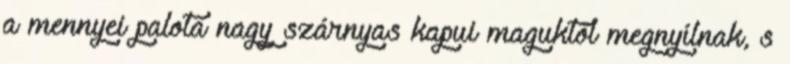
a mennyei palota nagy szárnyas kapui maguktól megnyílnak, s